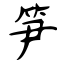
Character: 笋